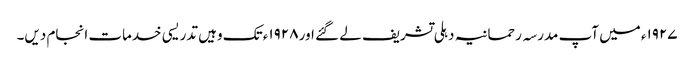
۱۹۲۷ء میں آپ مدرسہ رحمانیہ دہلی تشریف لے گئے اور ۱۹۲۸ء تک وہیں تدریسی خدمات انجام دیں۔